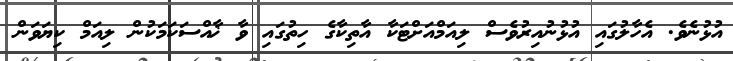
އުޅުނެވެ. އެހާލުގައި އުޅުނުއިރުވެސް ލިއަމްއަށްޓަކާ އާތިކާގެ ހިތުގައި ވާ ޚާއްސަކަމަކުން ލިއަމް ކިޔަވަން